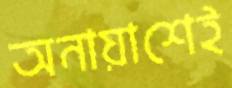
অনায়াশেই